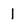
Character: l